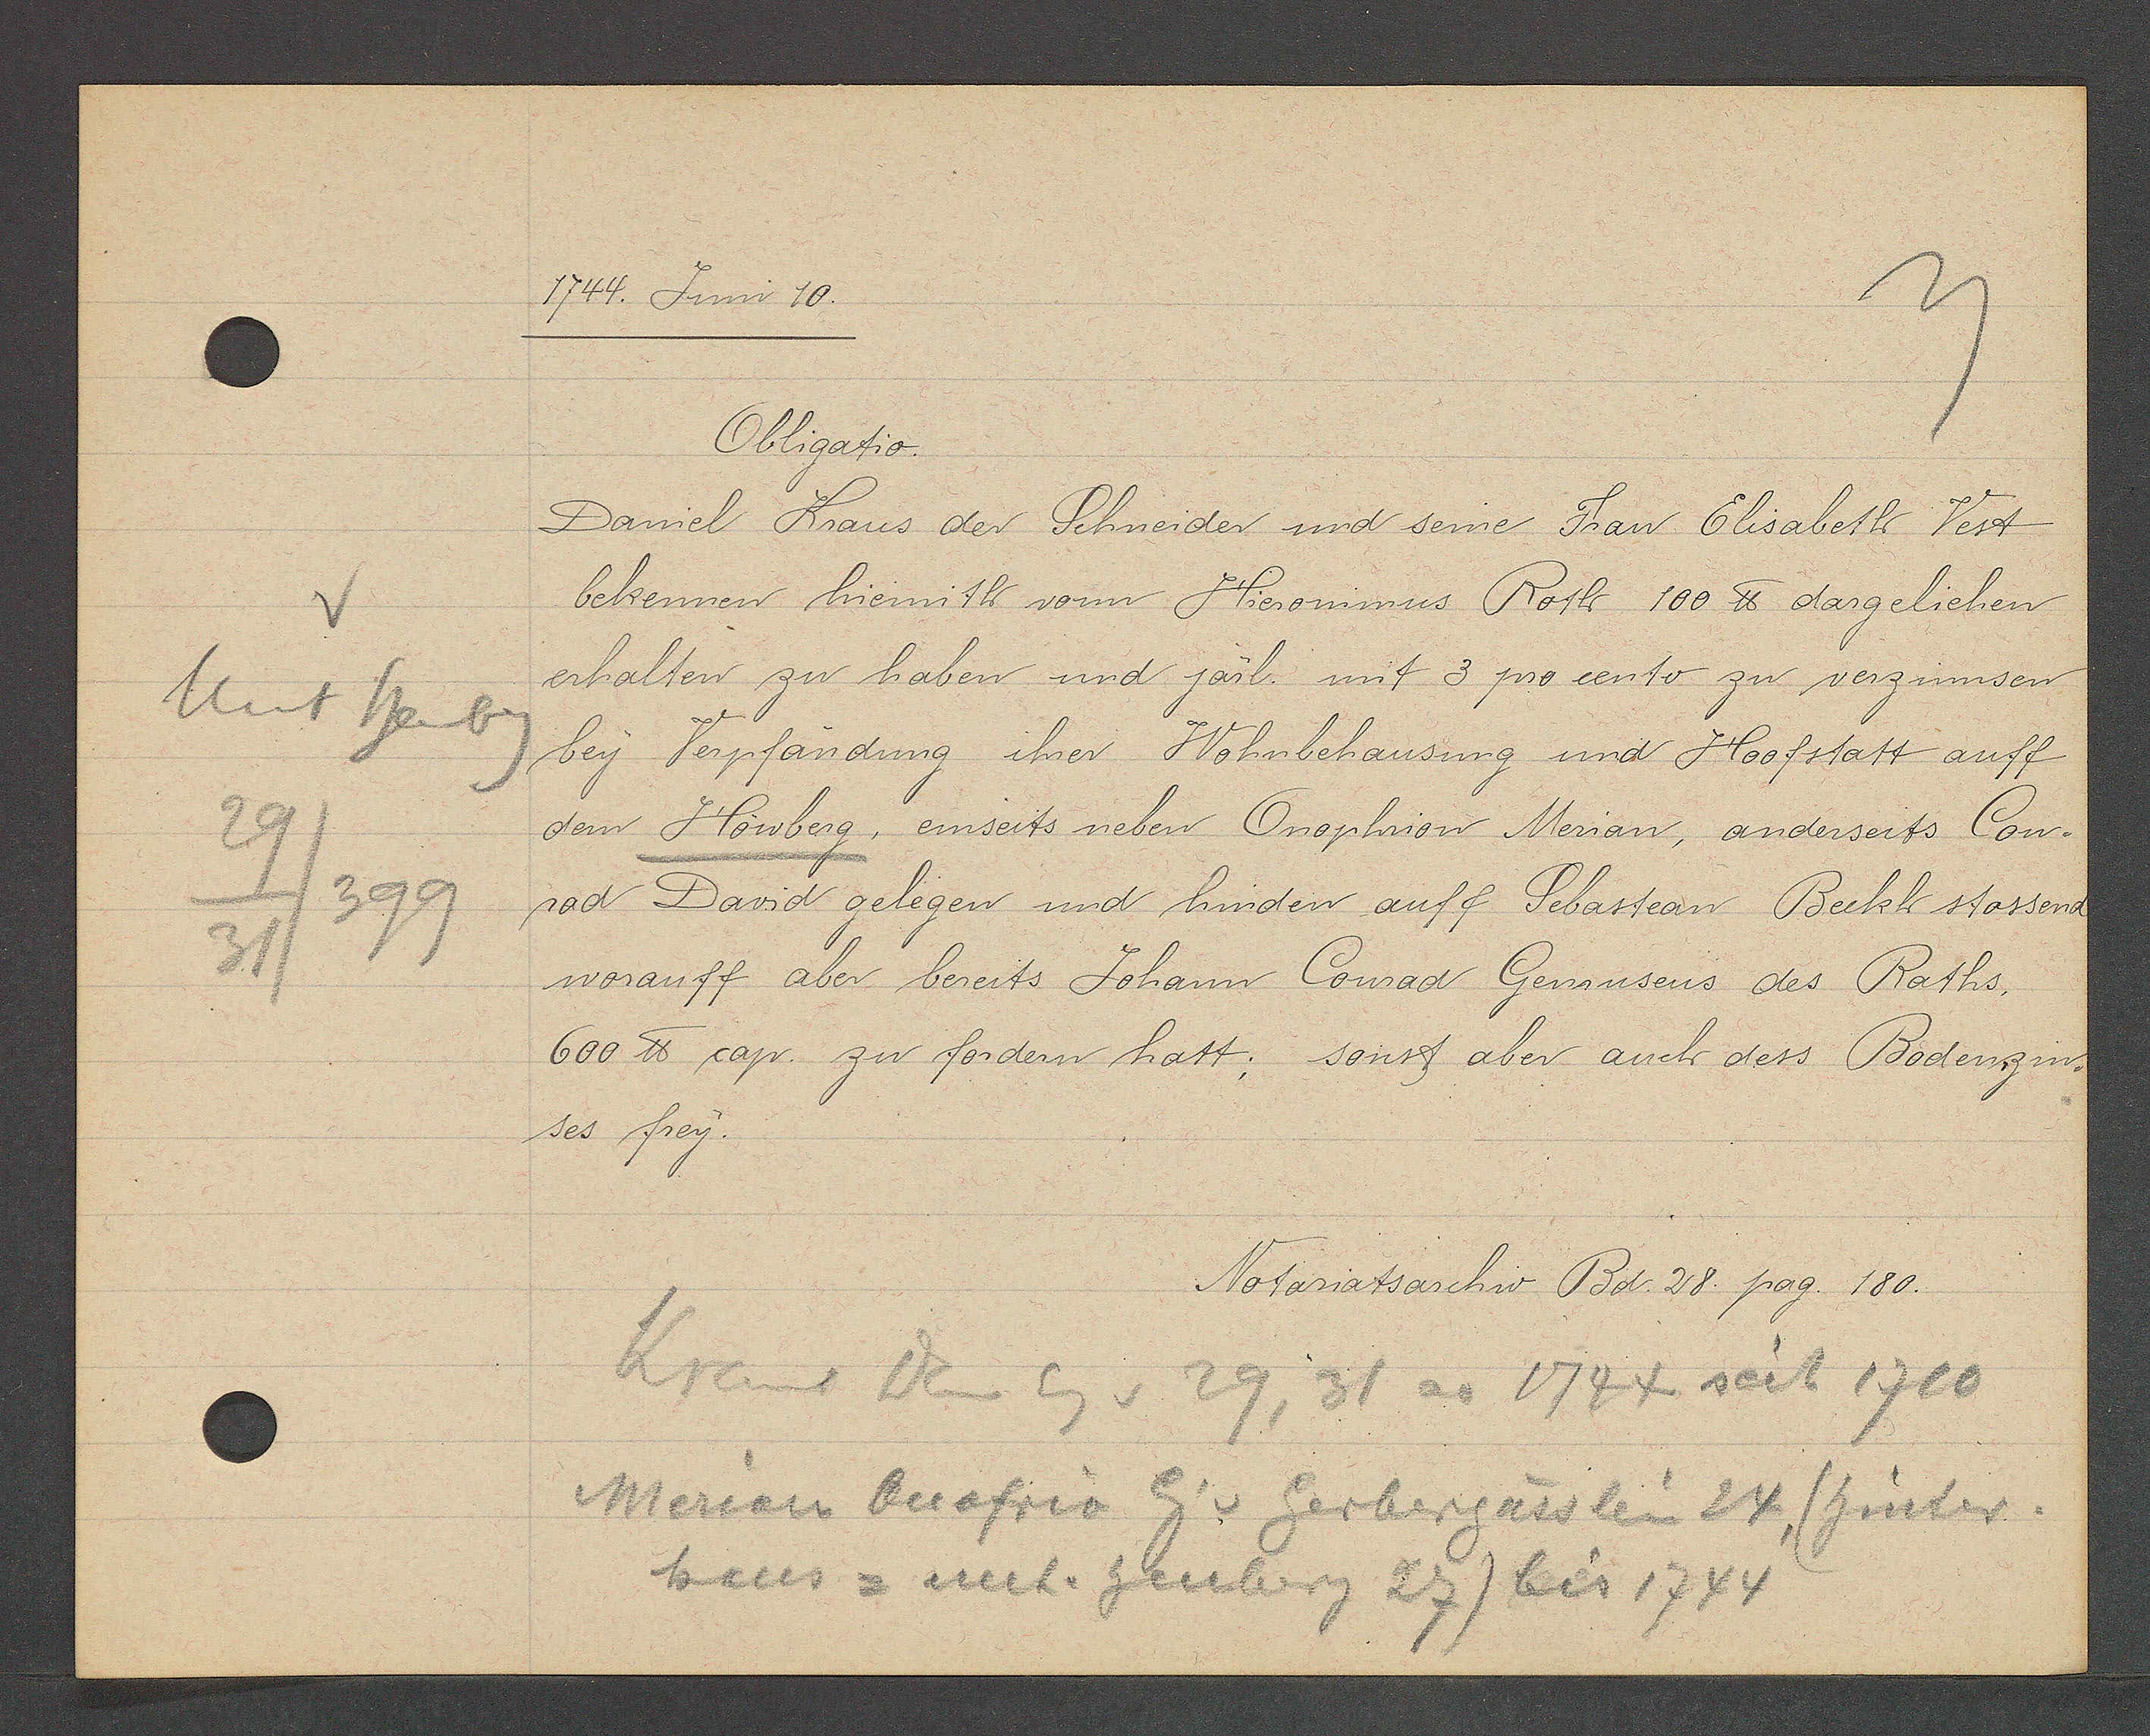
Transcript:
Unt heubg
29
399
31

1744. Juni 10.

Obligatio.
Daniel Kraus der Schneider und seine Frau Elisabeth Vest
bekennen hiermith von Hieronimus Roth 100 ℔ dargeliehen
erhalten zu haben und järl. mit 3 procento zu verzinnsen
bey Verpfändung ihrer Wohnbehausung und Hoofstatt auff
dem Höwberg, einseits neben Onophrion Merian, anderseits Con¬
rad David gelegen und hinden auff Sebastean Beckh stossend
worauff aber bereits Johann Conrad Gemusens des Raths,
600 ℔ cap. zu fordern hatt; sonst aber auch dess Bodenzin¬
ses frey.

Notariatsarchiv Bd. 28. pag. 180.

Kraus Dan Eg v 29, 31 ao 1744 seit 1710
Merian Onofrio Eig v. Gerbergässlein 24, (hinter
haus = unt. heuberg 27) bis 1744